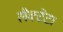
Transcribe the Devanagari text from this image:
लैक्टेट।